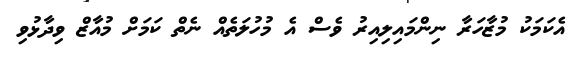
އެކަމަކު މުޒާހަރާ ނިންމައިލިއިރު ވެސް އެ މުހުލަތެއް ނެތް ކަމަށް މުއާޒް ވިދާޅުވި